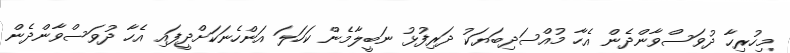
މިހުރިހާ ދުވަސްވާންދެން އެހާ މުއްސަދިބަޔަކު ދަރިފުޅު ނަބީލާމެން ކަހަލަ އަންހެނަކަށްދީފައި އެހާ ދުވަސްވާންދެން